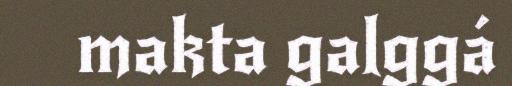
makta galggá